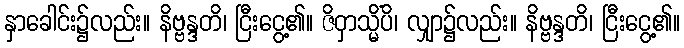
နှာခေါင်း၌လည်း။ နိဗ္ဗန္ဒတိ၊ ငြီးငွေ့၏။ ဇိဝှာသ္မိံပိ၊ လျှာ၌လည်း။ နိဗ္ဗန္ဒတိ၊ ငြီးငွေ့၏။